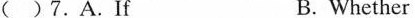
( )7.A.If B. Whether